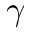
\gamma